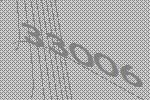
33006